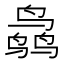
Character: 𱊜